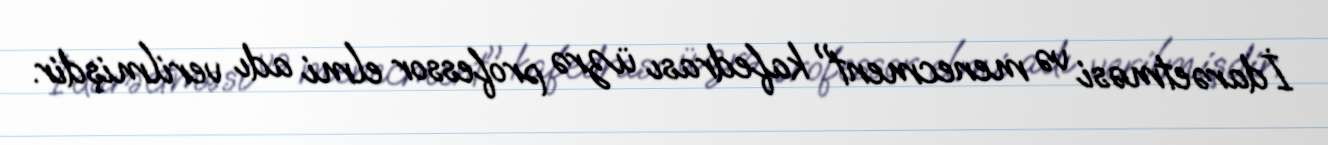
İdarəetməsi və menecment" kafedrası üzrə professor elmi adı verilmişdir.